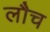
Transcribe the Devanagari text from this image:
लौच